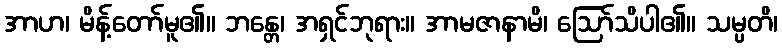
အာဟ၊ မိန့်တော်မူ၏။ ဘန္တေ၊ အရှင်ဘုရား။ အာမဇာနာမိ၊ ဩော်သိပါ၏။ သမ္ပတိ၊